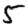
Digit: 5